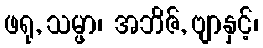
ဖရု, သမ္ဖာ၊ အဘိဇ်, ဗျာနှင့်၊